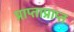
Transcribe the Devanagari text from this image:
प्राप्ताप्राप्त